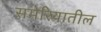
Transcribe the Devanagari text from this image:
समेरियातील